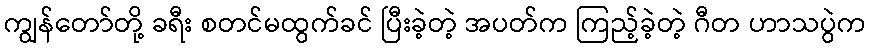
ကျွန်တော်တို့ ခရီး စတင်မထွက်ခင် ပြီးခဲ့တဲ့ အပတ်က ကြည့်ခဲ့တဲ့ ဂီတ ဟာသပွဲက